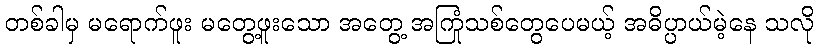
တစ်ခါမှ မရောက်ဖူး မတွေ့ဖူးသော အတွေ့ အကြုံသစ်တွေပေမယ့် အဓိပ္ပာယ်မဲ့နေ သလို